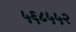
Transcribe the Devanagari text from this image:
५६८५५२